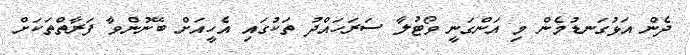
ދެން އަޅުގަނޑުމެން މި އަންގަނީ ވޯޓުލާ ސަރަހައްދު ތަކުގައި އެހީއަށް ބޭނުންވާ ފަރާތްތަކަށް